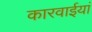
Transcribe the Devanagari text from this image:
कारवाईयां